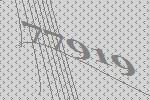
77919